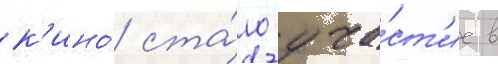
к'ино́ ста́ло уча́ст'ие в